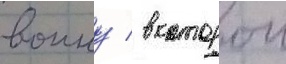
воину / в которои